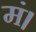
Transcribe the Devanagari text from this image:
मं।